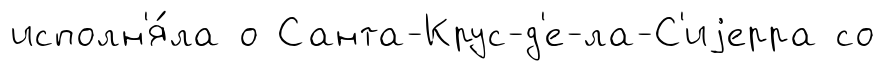
исполн'я́ла о Санта-Крус-д'е-ла-С'иjерра со